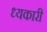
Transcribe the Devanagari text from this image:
ध्यकारी